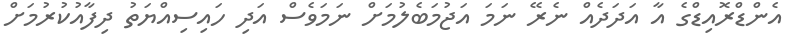
އެންޑްރޮއިޑްގެ އާ އަދަދެއް ނެރޭ ނަމަ އަޖުމަބެލުމަށް ނަމަވެސް އަދި ހައިސިއްޔަތު ދިފާއުކުރުމަށް